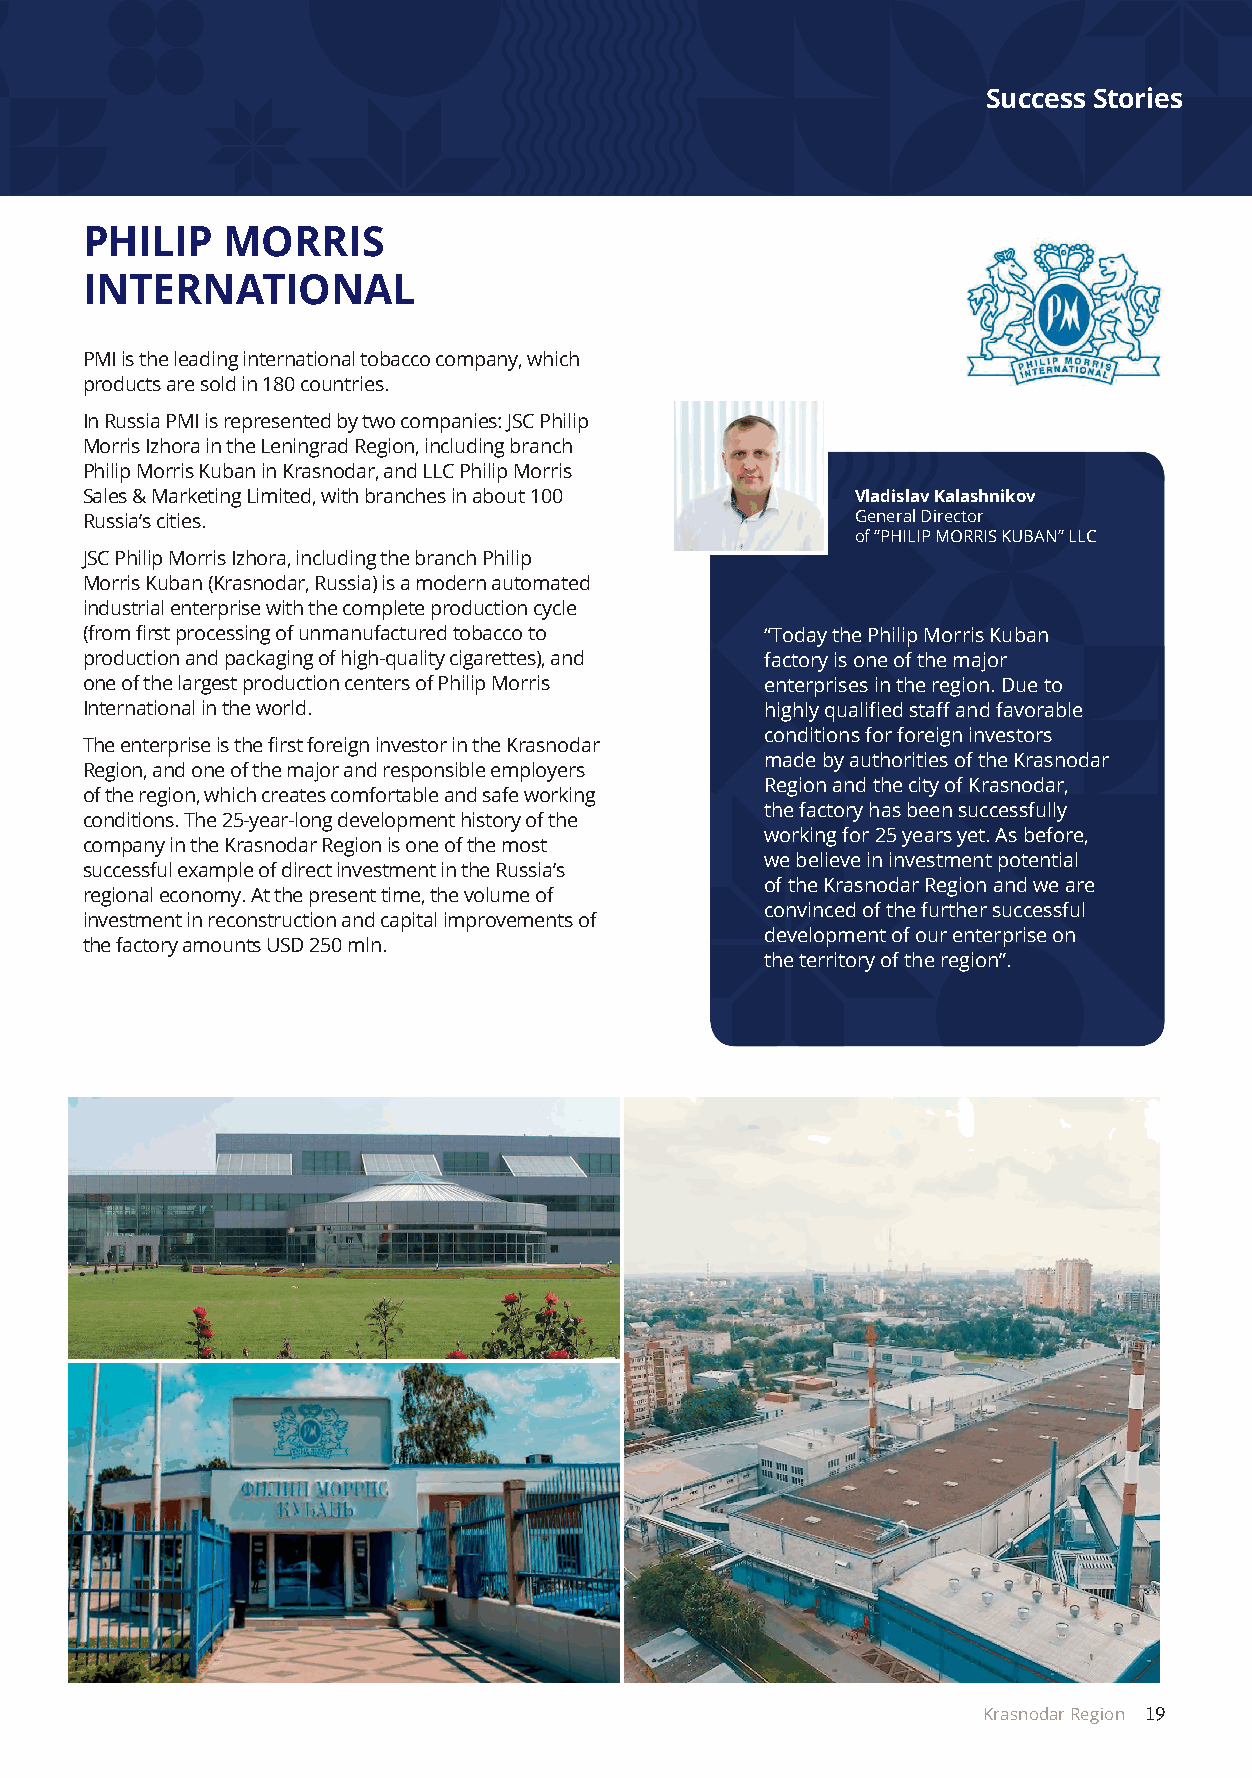
Success Stories
 PHILIP    MORRIS
 INTERNATIONAL
 PMI is the leading international tobacco company, which
 products are sold in 180 countries.
 In Russia PMI is represented by two companies: JSC Philip
 Morris Izhora in the Leningrad Region, including branch
 Philip Morris Kuban in Krasnodar, and LLC Philip Morris
 Sales & Marketing Limited, with branches in about 100 Vladislav Kalashnikov
 Russia’s cities.                                    General Director
 of “PHILIP MORRIS KUBAN” LLC
 JSC Philip Morris Izhora, including the branch Philip
 Morris Kuban (Krasnodar, Russia) is a modern automated
 industrial enterprise with the complete production cycle
 (from first processing of unmanufactured tobacco to “Today the Philip Morris Kuban
 production and packaging of high-quality cigarettes), and factory is one of the major
 one of the largest production centers of Philip Morris enterprises in the region. Due to
 International in the world.                   highly qualified staff and favorable
 conditions for foreign investors
 The enterprise is the first foreign investor in the Krasnodar
 made by authorities of the Krasnodar
 Region, and one of the major and responsible employers
 Region and the city of Krasnodar,
 of the region, which creates comfortable and safe working
 the factory has been successfully
 conditions. The 25-year-long development history of the
 working for 25 years yet. As before,
 company in the Krasnodar Region is one of the most
 we believe in investment potential
 successful example of direct investment in the Russia’s
 of the Krasnodar Region and we are
 regional economy. At the present time, the volume of
 convinced of the further successful
 investment in reconstruction and capital improvements of
 development of our enterprise on
 the factory amounts USD 250 mln.
 the territory of the region”.
 Krasnodar Region 19